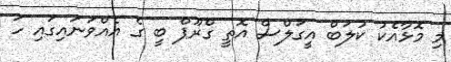
މި މޮޅާއެކު ކުލަބް އީގަލްސް އޮތީ ގްރޫޕް ބީ ގެ އެއްވަނައިގައި ހަ